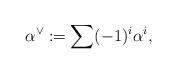
LaTeX: \begin{align*}\alpha^{\vee}:=\sum (-1)^i \alpha^i,\end{align*}